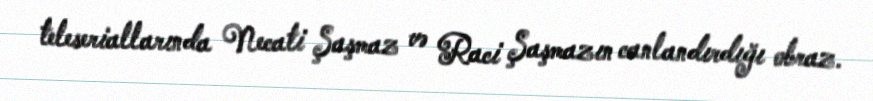
teleseriallarında Necati Şaşmaz və Raci Şaşmazın canlandırdığı obraz.